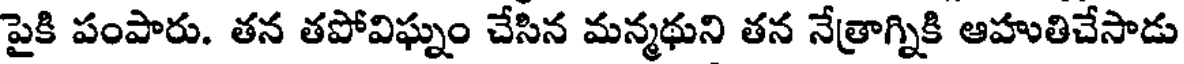
పైకి పంపారు. తన తపోవిఘ్నం చేసిన మన్మథుని తన నేత్రాగ్నికి ఆహుతిచేసాడు